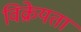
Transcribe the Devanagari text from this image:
विक्रेयता